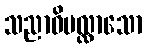
သညာဝိပလ္လာသော